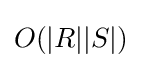
O(|R||S|)